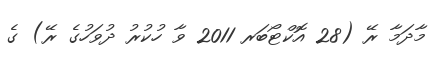
މާދަމާ ރޭ (28 އޮކްޓޯބަރ 2011 ވާ ހުކުރު ދުވަހުގެ ރޭ) ގެ